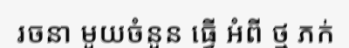
រចនា មួយចំនួន ធ្វើ អំពី ថ្ម ភក់